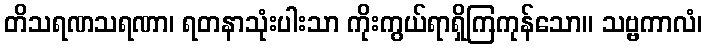
တိသရဏသရဏာ၊ ရတနာသုံးပါးသာ ကိုးကွယ်ရာရှိကြကုန်သော။ သဗ္ဗကာလံ၊